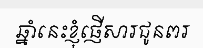
ឆ្នាំនេះខ្ញុំផ្ញើសារជូនពរ